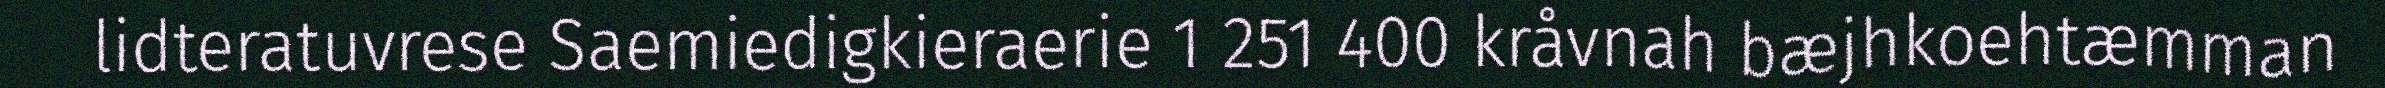
lidteratuvrese Saemiedigkieraerie 1 251 400 kråvnah bæjhkoehtæmman